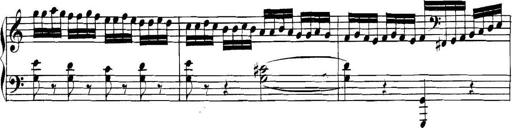
Title: Collected Piano Sonatas
Composer: Muzio Clementi